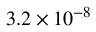
3 . 2 \times 1 0 ^ { - 8 }